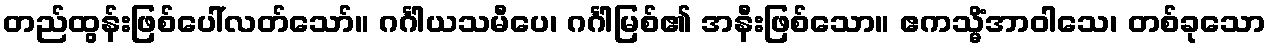
တည်ထွန်းဖြစ်ပေါ်လတ်သော်။ ဂင်္ဂါယသမီပေ၊ ဂင်္ဂါမြစ်၏ အနီးဖြစ်သော။ ဧကသ္မိံအာဝါသေ၊ တစ်ခုသော